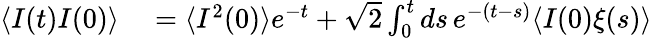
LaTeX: \begin{array}{rl}{\langle I(t)I(0)\rangle}&{{}=\langle I^{2}(0)\rangle e^{-t}+\sqrt{2}\int_{0}^{t}ds\, e^{-(t-s)}\langle I(0)\xi(s)\rangle}\end{array}